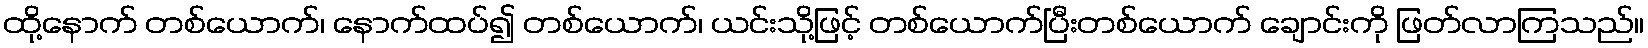
ထို့နောက် တစ်ယောက်၊ နောက်ထပ်၍ တစ်ယောက်၊ ယင်းသို့ဖြင့် တစ်ယောက်ပြီးတစ်ယောက် ချောင်းကို ဖြတ်လာကြသည်။